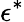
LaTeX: \epsilon^{\ast}